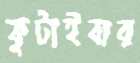
কুটাইবার